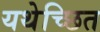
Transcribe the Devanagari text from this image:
यथेच्छित